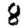
Digit: 8